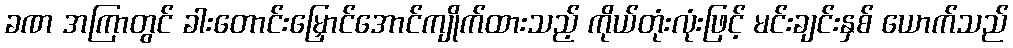
ခဏ အကြာတွင် ခါးတောင်းမြှောင်အောင်ကျိုက်ထားသည့် ကိုယ်တုံးလုံးဖြင့် မင်းချင်းနှစ် ယောက်သည်